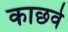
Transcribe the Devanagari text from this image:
काछवे